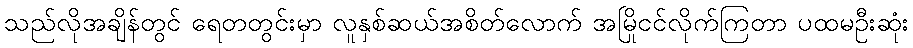
သည်လိုအချိန်တွင် ရေတတွင်းမှာ လူနှစ်ဆယ်အစိတ်လောက် အမြိုငင်လိုက်ကြတာ ပထမဦးဆုံး